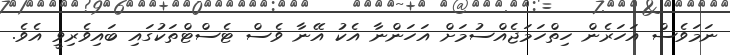
ނަމަވެސް އަހަރެން ހިތްހަމަޖެއްސުމަށް އަހަންނާ އެކު އޭނާ ވެސް ޓެސްޓްތަކުގައި ބައިވެރިވީ އެވެ.